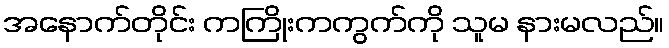
အနောက်တိုင်း ကကြိုးကကွက်ကို သူမ နားမလည်။